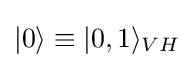
|0\rangle \equiv |0,1\rangle _{VH}